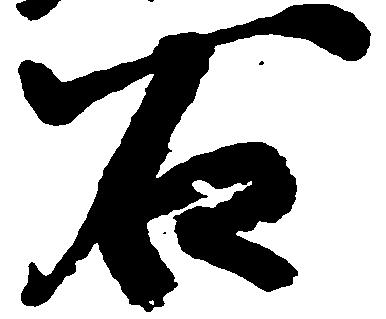
石